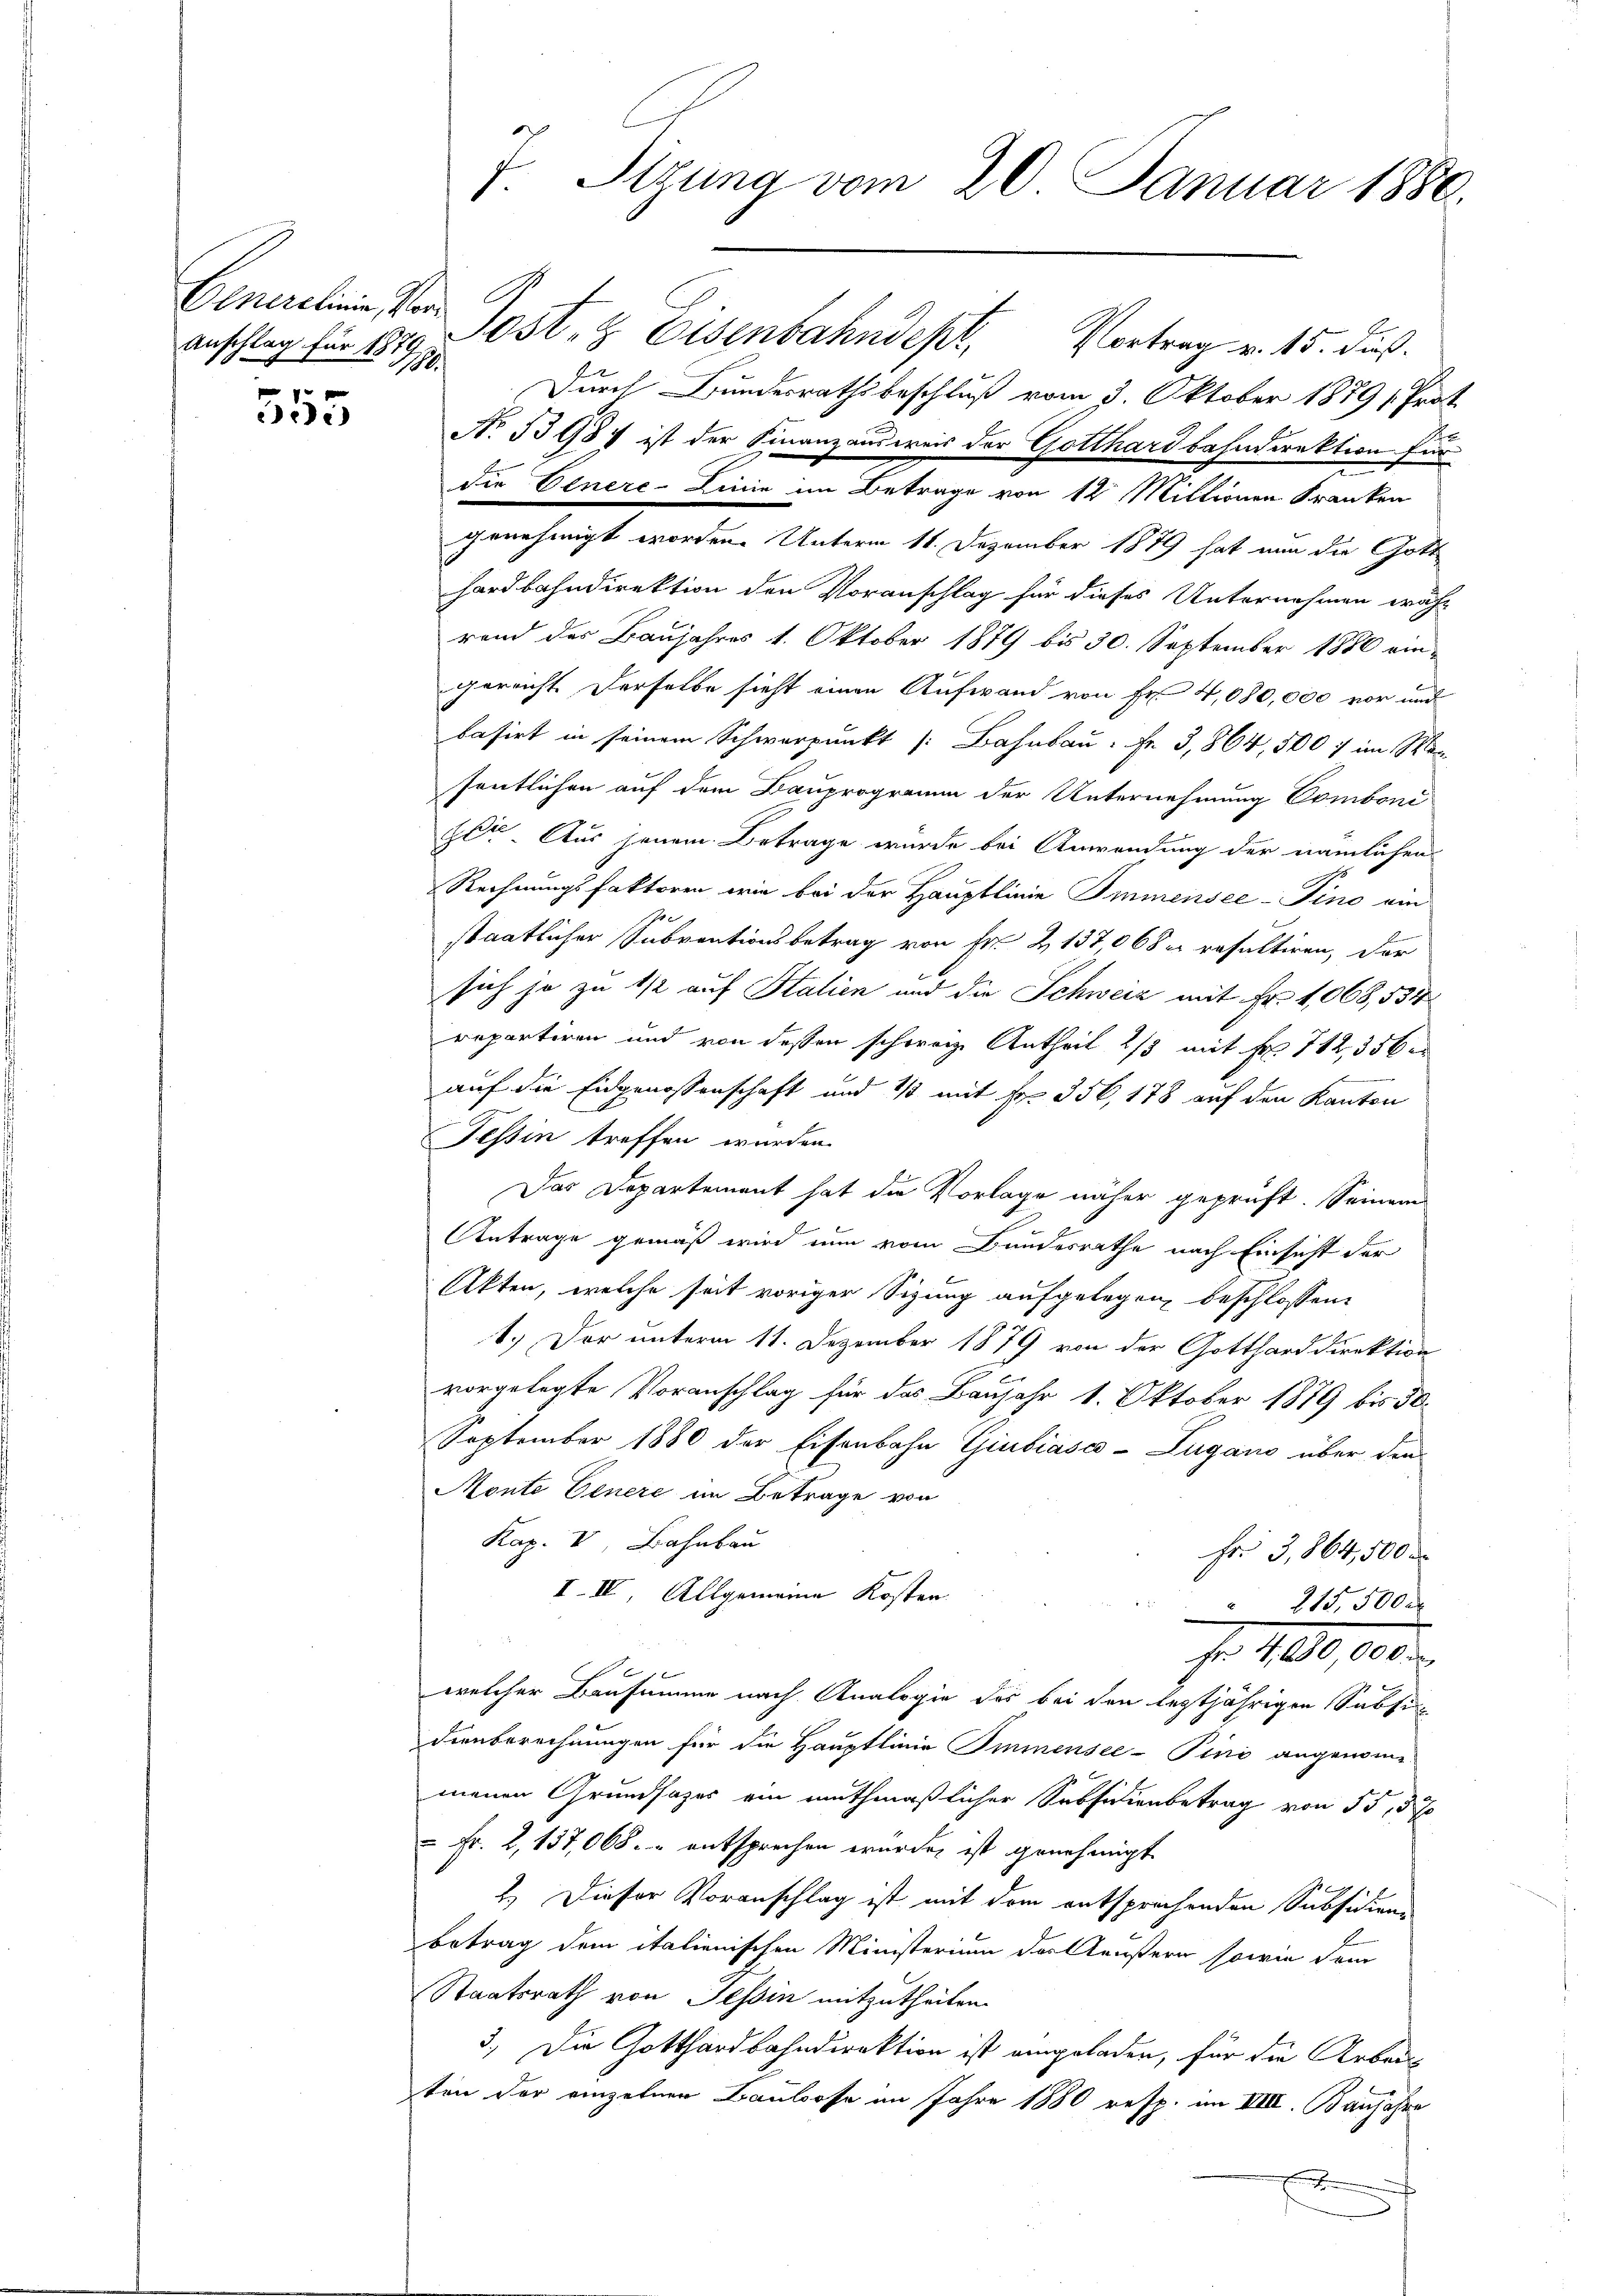
Gemachen her
Anschlag für 187
180/

555

7. Tizung vom 20. Januar 1880.

Sost- & Eisenbahndept, Vortrag v. 15. dieß.
Durch Bundesrathsbeschluß vom 3. Oktober 1879 s. Prot
No 13984 ist der Finanzausweis der Gotthardbahndirektion für
die Einere-Linie im Betrage von 12 Millionen Kranken
genehmigt worden. Unterm 11. Dezember 1879 hat nun die Gott
hardbahndirektion den Voranschlag für dieses Unternehmen währ
rend des Baujahres 1. Oktober 1879 bis 30. September 1880 ein-
gereicht. Derselbe sicht einen Aufwand von Fr. 4,080,000 vor und
basirt in seinem Schwerpunkt Bahnbau: Fr. 3,864, 500 f im Man
sentlichen auf dem Bauprogramm der Unternehmung Comboni
zete. Aus jenem Betrage wurde bei Anwendung der namlichen
Rechnungsfaktoren wie bei der Hauptlinie Immensee–Pino am
10
staatlicher Subventionsbetrag von Fr. 2137,068 resultiren, der
sich ja zu 1/2 auf Stalien und die Schweiz mit Fr. 1068, 534
repartiren und von dessen schwarze Antheil 2/3 mit Fr. 712,356
auf die Eidgenossenschaft und 1/3 mit Fr. 356, 178 auf den Kanton
Tessin treffen wurden.
Das Departement hat die Vorlage näher geprüft. Seinem
Antrage gemäß wird nun vom Bundesrathe nach Einsicht der
Akten, welche seit voriger Sizung aufgelegen beschlossen:
1.) Der unterm 11. Dezember 1879 von der Gottharddirektion
vorgelegte Voranschlag für das Baujahr 1. Oktober 1879 bis 30.
September 1880 der Eisenbahn Giubiasco-Zugano über den
Monte Venere im Betrage von
Kap. V, Bahnbau
Fr. 3,864,500
I.IV. Allgemeine Kosten
815,500 x
Fr. 4 080 000
welcher Bausumme nach Analogie des bei den leztjährigen Subsi
Dienberechnungen für die Hauptlinie Immensee-Pini angenomme
menen Grundsazes ein muthmaßlicher Subsidienbetrag von 55, 5 %
 Fr. 2, 137,068. entsprechen wurde, ist genehmigt
2.) Dieser Voranschlag ist mit dem entsprochenden Subsidion-
Betrag dem italienischen Ministerium der Aeußern sowie dem
Staatsrath von Tessin mitzutheilen.
3.) Die Gotthardbahndirektion ist eingeladen, für die Arbeiten der einzelnen Baulose im Jahre 1880 resp. im VIII. Banjahre